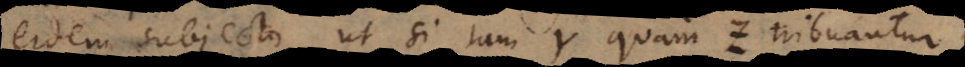
eidem subjecto, ut si tam Y quam Z tribuantur